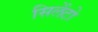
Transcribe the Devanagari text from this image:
सिलेंटो